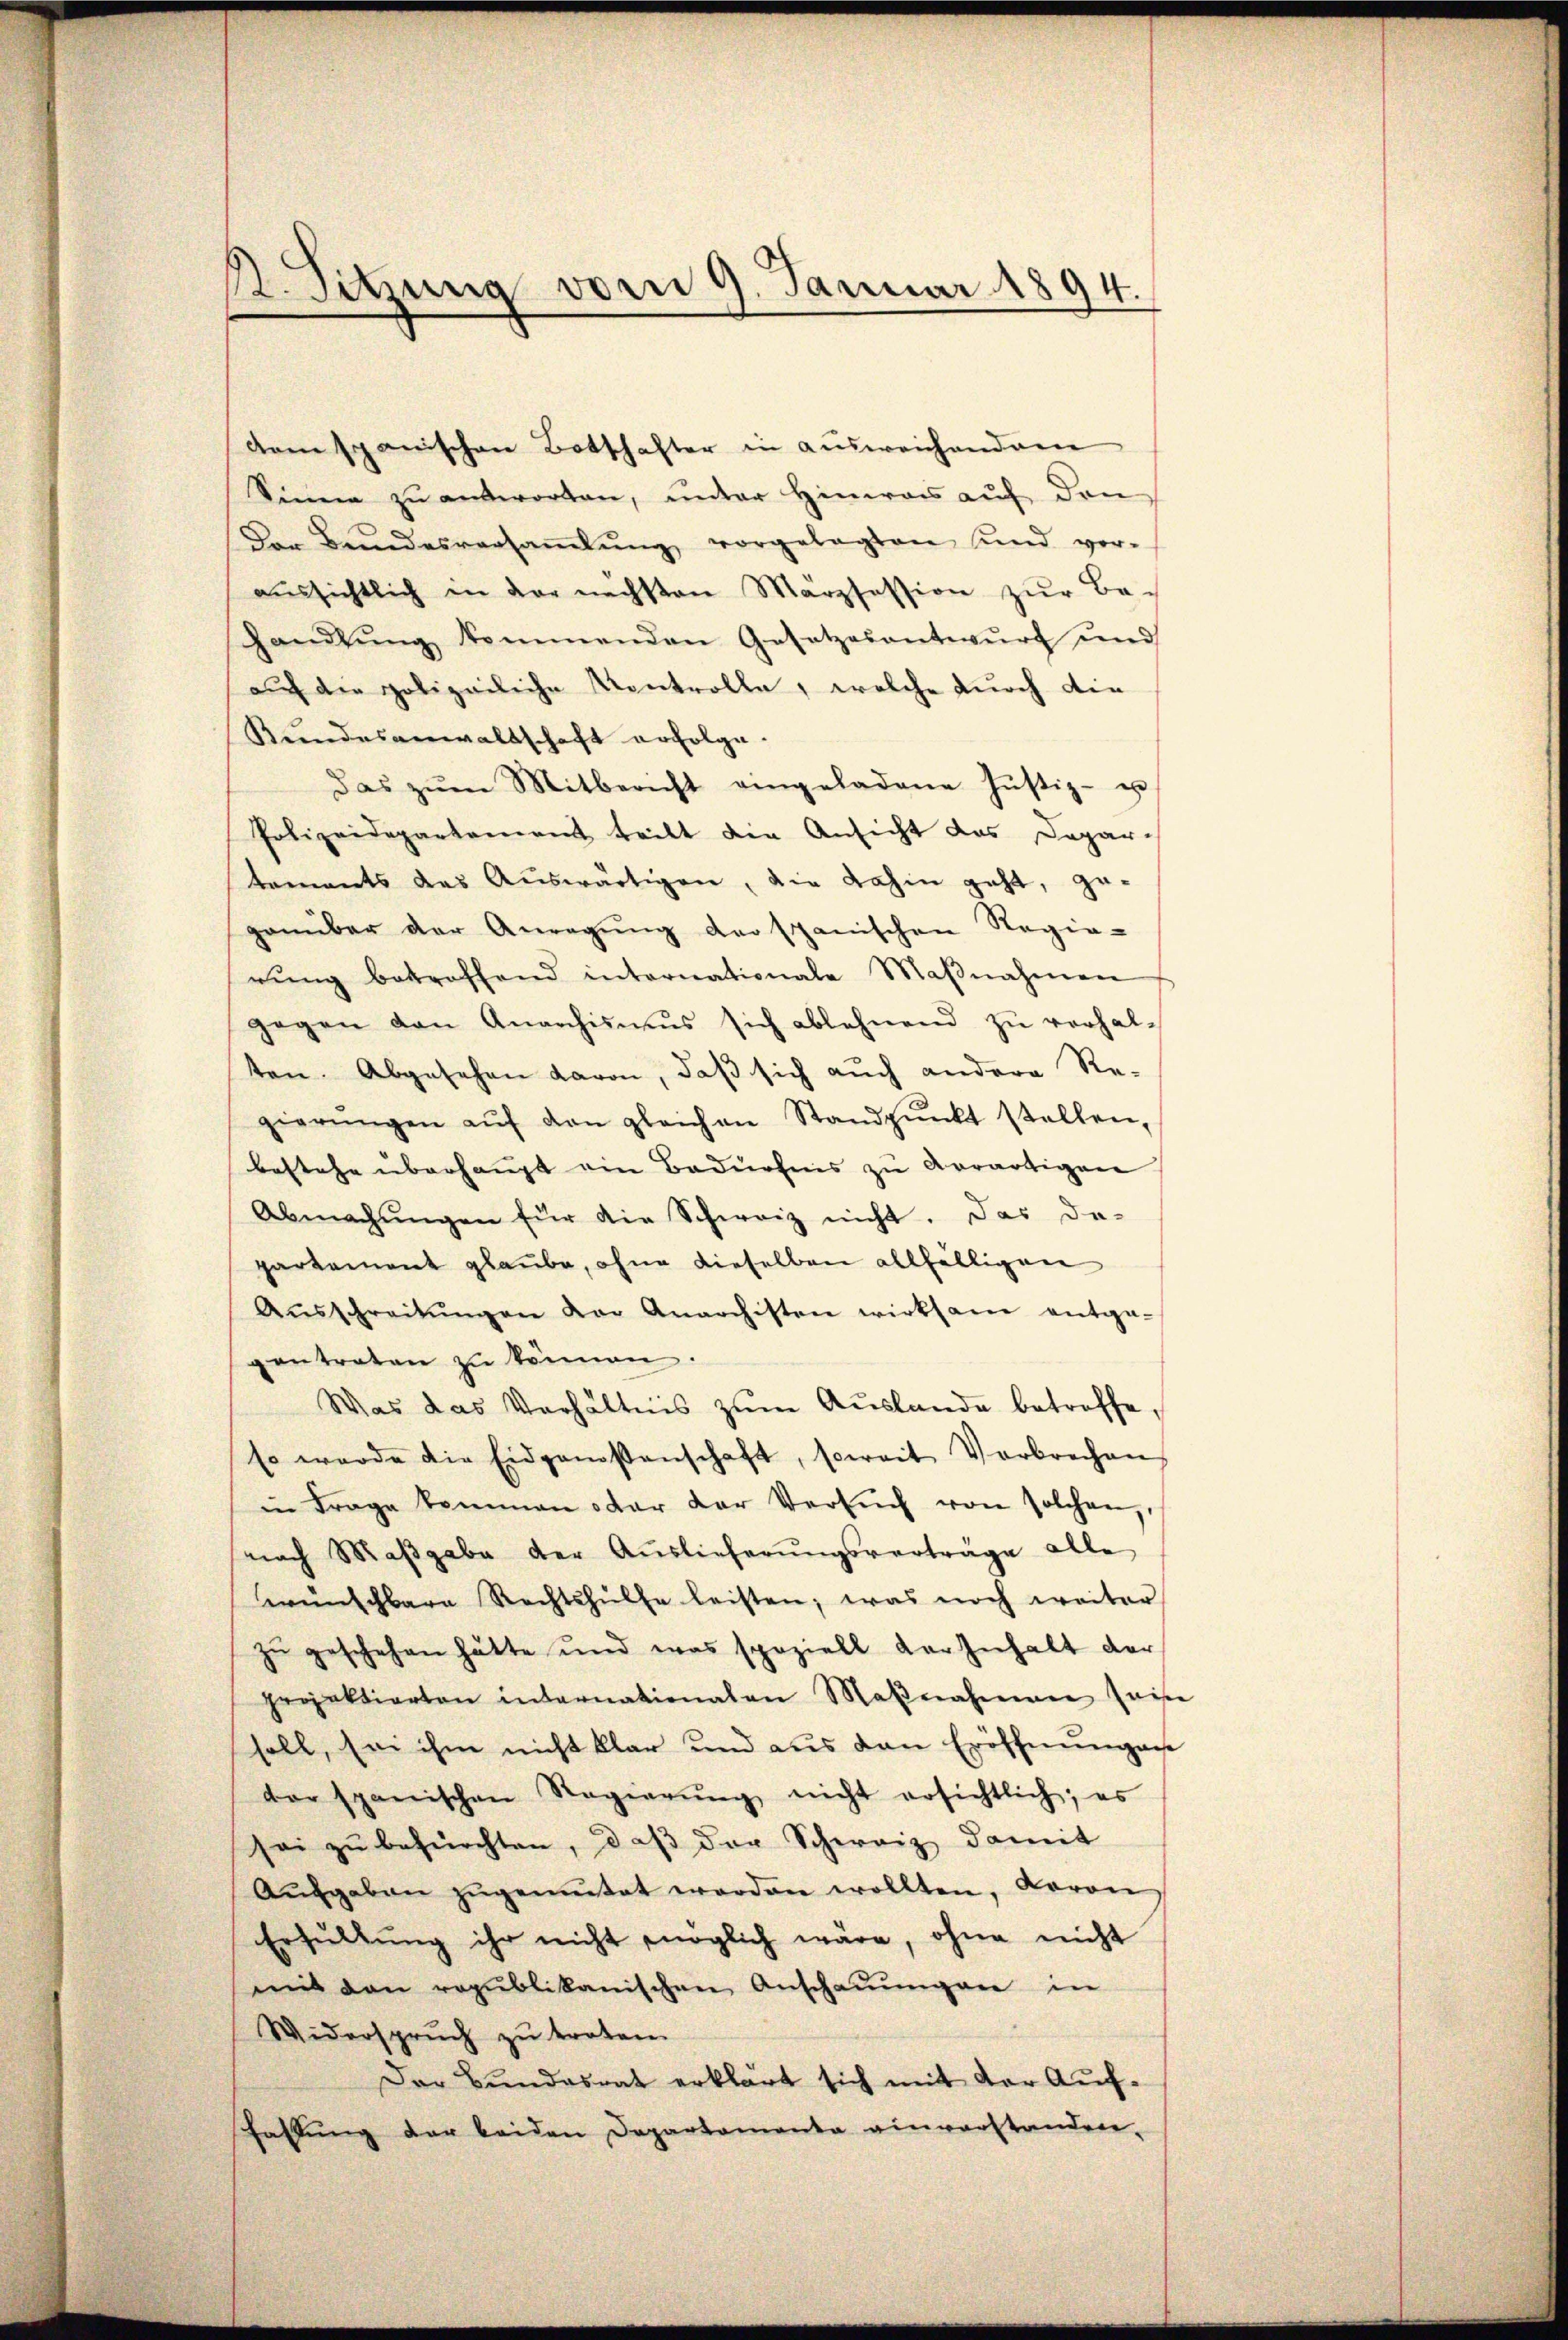
dem spanischen Botschafter in ausweichendem
Sinne zu antworten, unter Hinweis auf den
Der Bundesversaṁlŭng vorgelegten sind vor-
aŭssichtlich in der nachsten Märzfession zŭr Be-
Handlŭng kommenden Gesetzesentwŭrf und
auf der polizeiliche Kontrolle, welche durch die
Kundesanwaltschaft erfolge.
das zŭm Mitbericht eingeladene Justiz- u
Polizeidepartenant teilt die Ansicht das Departements das Auswärtigen, die dahin geht, gegenüber der Anregŭng der spanischen Regie-
rŭng betroffend internationale Maβnahmen
gegen den Anarchismus sich ablehnend zŭ verhal-
ten. Abgesehen davon, daß sich auch andere Re-
gierŭngen aŭf den gleichen Standpŭnkt stellen,
bestehe überhaupt ein Bedürfnis zu verartigen
Abmachŭngen für die Schweiz nicht. Das da-
partement glaube, ohne dieselben allfälligen
Aŭsschreitŭngen der Anarchisten wirksam entga-
gentreten zu können.
Was das Verhältnis zŭm Aŭslande betreffe,
Es wurde die Eidgenossenschaft, soweit Verbrechen
in Frage kommen oder der Versŭch von solchen,
nach Maβgabe der Aŭslieferŭngsverträge alle
wünschbare Rechtshülfe leisten; was noch weiter
zŭ geschehen hätte und was speziell der Inhalt der
projektierten internationalen Maβnahmen sein
soll, sei ihm nicht klar und aus den Eröffnungen
der spanischen Regierŭng nicht ersichtlich; es
sei zu befürchten, daß der Schweiz damit
Aŭsgaben zŭgemŭtet worden wollten, Baron
Erhŭltŭng ihr nicht möglich wäre, ohne nicht
mit den republikanischen Anschaŭŭngen in
Widerspruch zu treten.
Der Bŭndesrat erklärt sich mit der Aŭf-
Fahlŭng der beiden Departamenta einverstandere,

B. Sitzung vom 9. Januar 1894.